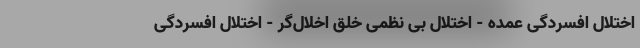
اختلال افسردگی عمده - اختلال بی نظمی خلق اخلال‌گر - اختلال افسردگی